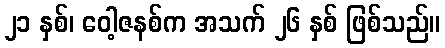
၂၁ နှစ်၊ ဝေါ့ဇနစ်က အသက် ၂၆ နှစ် ဖြစ်သည်။